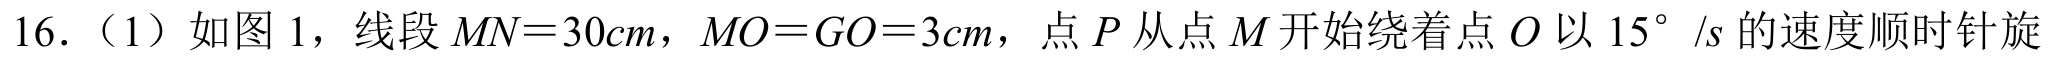
16.（1）如图 1，线段\(MN = 30cm\)，\(MO=GO = 3cm\)，点\(P\)从点\(M\)开始绕着点\(O\)以\(15^{\circ}/s\)的速度顺时针旋